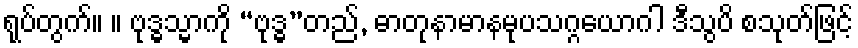
ရုပ်တွက်။ ။ ဗုဒ္ဓသ္မာကို “ဗုဒ္ဓ”တည်, ဓာတုနာမာနမုပသဂ္ဂယောဂါ ဒီသွပိ စသုတ်ဖြင့်